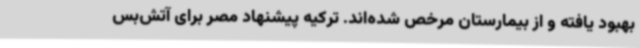
بهبود یافته و از بیمارستان مرخص شده‌اند. ترکیه پیشنهاد مصر برای آتش‌بس